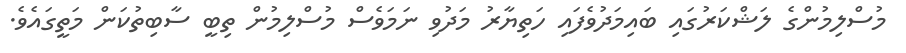
މުސްލިމުންގެ ލަޝްކަރުގައި ބައިމަދުވެފައި ހަތިޔާރު މަދުވި ނަމަވެސް މުސްލިމުން ތިބީ ސާބިތުކަން މަތީގައެވެ.